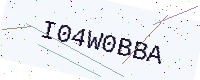
Text: I04W0BBA